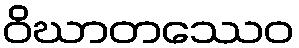
ဝိဃာတဿေဝ